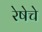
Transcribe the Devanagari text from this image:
रेषेचे